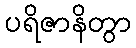
ပရိဇာနိတွာ